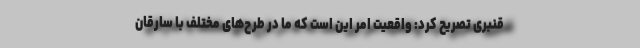
قنبری تصریح کرد: واقعیت امر این است که ما در طرح‌های مختلف با سارقان